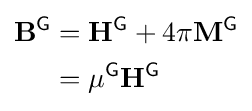
{\begin{aligned}\mathbf {B} ^{\textsf {G}}&=\mathbf {H} ^{\textsf {G}}+4\pi \mathbf {M} ^{\textsf {G}}\\&=\mu ^{\textsf {G}}\mathbf {H} ^{\textsf {G}}\end{aligned}}